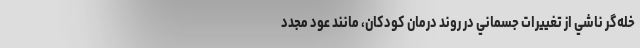
خله‌گر ناشي از تغييرات جسماني در روند درمان کودکان، مانند عود مجدد